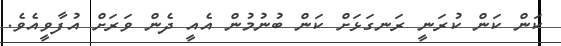
ކަން ކަން ކުރަނީ ރަނގަޅަށް ކަން ބުނުމުން އެއީ ދެން ވަރަށް އުފާވީއެވެ.